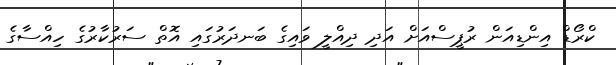
ކްރޯޑް އިންޑިއަން ރުޕީސްއަށް އަދި ދިއްލީ ވައިގެ ބަނދަރުގައި އޮތް ސަރުކާރުގެ ހިއްސާގެ